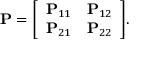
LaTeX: \mathbf { P } = { \left[ \begin{array} { l l } { \mathbf { P } _ { 1 1 } } & { \mathbf { P } _ { 1 2 } } \\ { \mathbf { P } _ { 2 1 } } & { \mathbf { P } _ { 2 2 } } \end{array} \right] } .